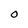
Character: O